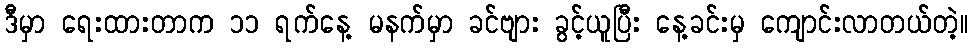
ဒီမှာ ရေးထားတာက ၁၁ ရက်နေ့ မနက်မှာ ခင်ဗျား ခွင့်ယူပြီး နေ့ခင်းမှ ကျောင်းလာတယ်တဲ့။